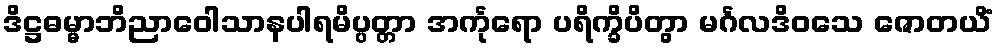
ဒိဋ္ဌဓမ္မာဘိညာဝေါသာနပါရမိပ္ပတ္တာ အင်္ကုရော ပရိက္ခိပိတွာ မင်္ဂလဒိဝသေ ဇောတယိံ